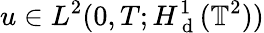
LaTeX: u\in L^{2}(0,T;H_{\mathrm{~d~}}^{1}(\mathbb{T}^{2}))